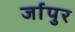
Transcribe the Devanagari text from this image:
र्जापुर